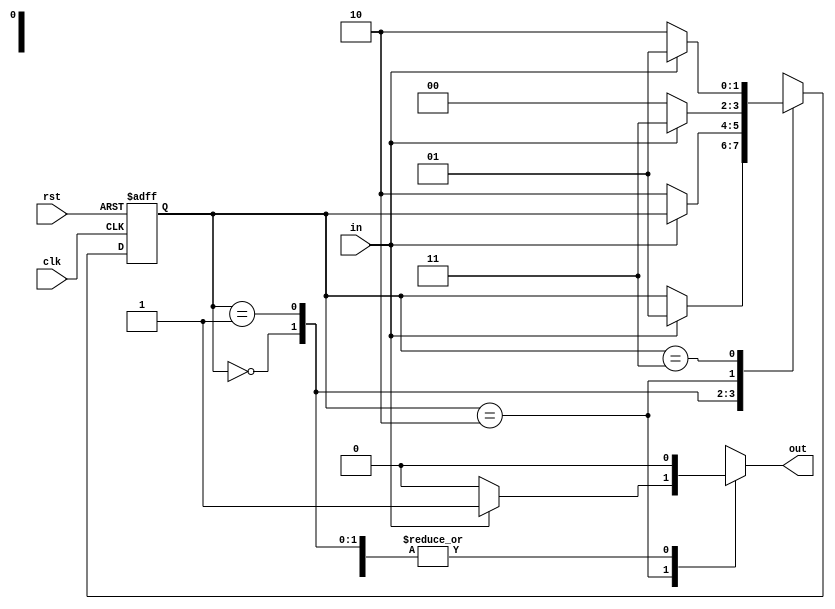
module fsm(
    clk,
    rst,
    in,
    out
    );

input clk;
input rst;
input in;

output out;

reg [1:0] state, next_state;

localparam STATE_S = 2'b00;
localparam STATE_S1 = 2'b01;
localparam STATE_S10 = 2'b10;
localparam STATE_S101 = 2'b11;

always @(posedge clk or posedge rst) begin
    if (rst) begin
        state = STATE_S;
    end else begin
        state = next_state;
    end
end

always @(*) begin
    next_state = state;
    out = 1'b0;

    case(state)

        STATE_S: begin
            if (in) begin
                next_state = STATE_S1;
            end
        end

        STATE_S1: begin
            if (~in) begin
                next_state = STATE_S10;
            end
        end

        STATE_S10: begin
            if (in) begin
                next_state = STATE_S101;
                out = 1'b1;
            end else begin
                next_state = STATE_S;
            end
        end

        STATE_S101: begin
            if (in) begin
                next_state = STATE_S1;
            end else begin
                next_state = STATE_S10;
            end
        end

    endcase
end


endmodule